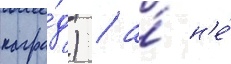
награ́д) / а́ н'е́